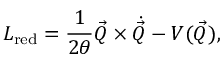
L _ { \mathrm { r e d } } = \frac { 1 } { 2 \theta } \vec { Q } \times \dot { \vec { Q } } - V ( \vec { Q } ) ,